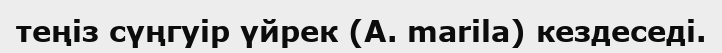
теңіз сүңгуір үйрек (A. marila) кездеседі.